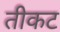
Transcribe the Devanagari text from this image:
तीकट